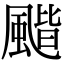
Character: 𩘗